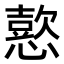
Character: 𢢶